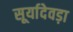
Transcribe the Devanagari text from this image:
सूर्यादेवड़ा